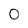
Character: 0